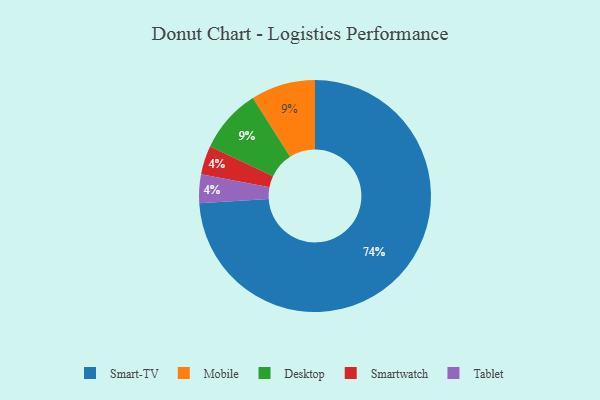
{"axis": {"x": "Category", "y": "Percentage"}, "legend": ["Desktop", "Mobile", "Smart-TV", "Smartwatch", "Tablet"], "data": [{"x": "Smartwatch", "y": 4, "type": "Smartwatch"}, {"x": "Smart-TV", "y": 74, "type": "Smart-TV"}, {"x": "Mobile", "y": 9, "type": "Mobile"}, {"x": "Desktop", "y": 9, "type": "Desktop"}, {"x": "Tablet", "y": 4, "type": "Tablet"}]}